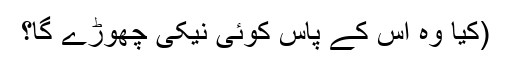
(کیا وہ اس کے پاس کوئی نیکی چھوڑے گا؟